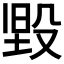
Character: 𭮳